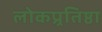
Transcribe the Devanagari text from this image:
लोकप्र्रतिष्ठा